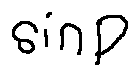
\sin p